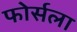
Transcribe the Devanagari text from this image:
फोर्सला